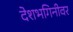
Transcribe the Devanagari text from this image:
देशभगिनीवर